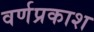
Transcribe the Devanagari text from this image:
वर्णप्रकाश